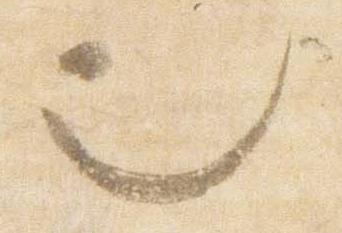
也